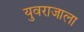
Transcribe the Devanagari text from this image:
युवराजाला